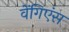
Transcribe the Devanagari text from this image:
वेंगिएंस